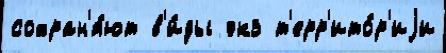
сохран'я́ют в'и́ды экз т'ерр'ито́р'иjи